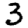
Digit: 3